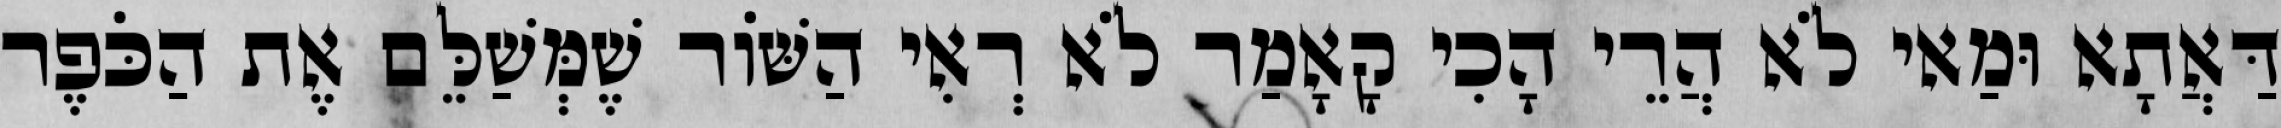
דַּאֲתָא וּמַאי לֹא הֲרֵי הָכִי קָאָמַר לֹא רְאִי הַשּׁוֹר שֶׁמְּשַׁלֵּם אֶת הַכֹּפֶר